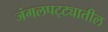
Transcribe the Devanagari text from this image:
जंगलपट्ट्यातील